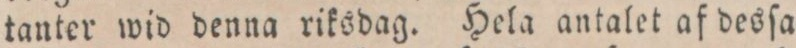
tanter wid denna riksdag. Hela antalet af desſa